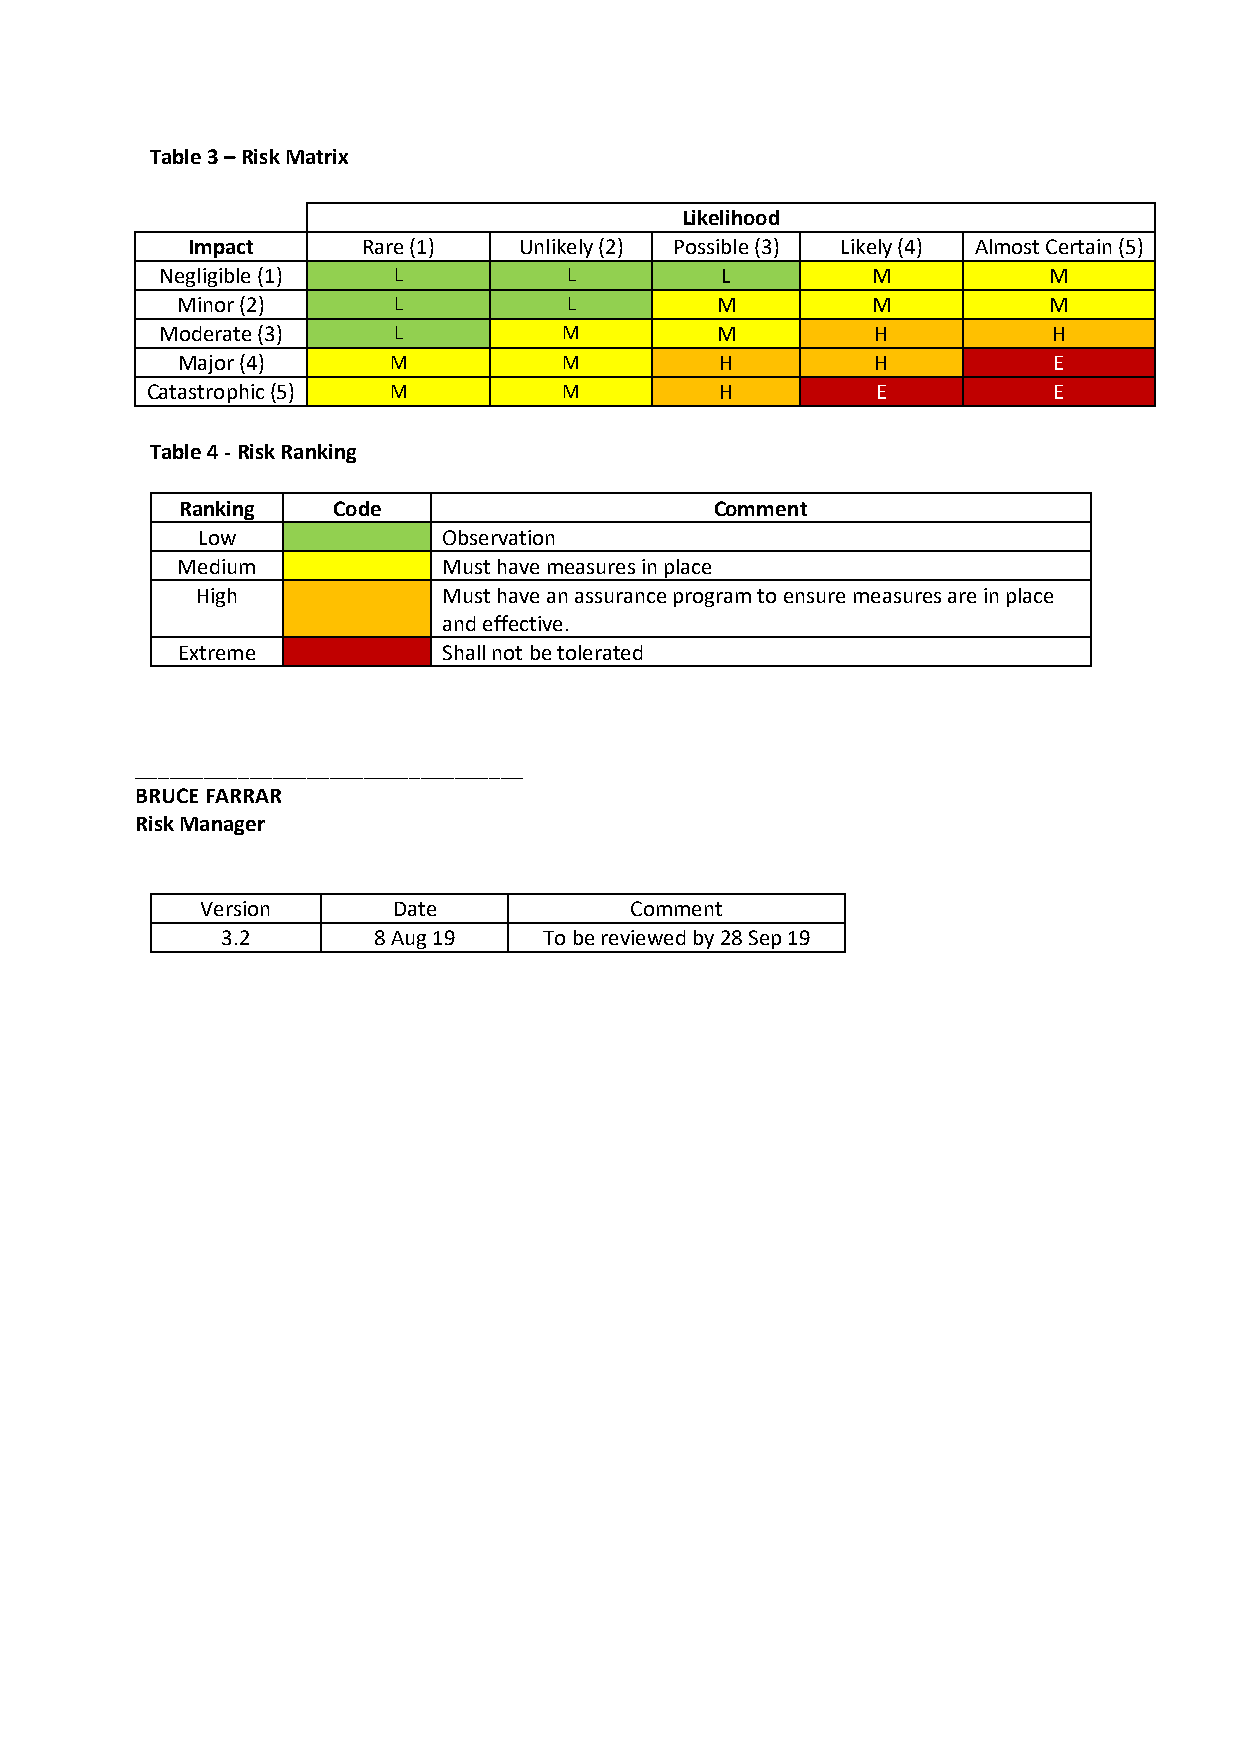
Table 3 – Risk Matrix
 Likelihood
 Impact      Rare (1)  Unlikely (2) Possible (3) Likely (4) Almost Certain (5)
 Negligible (1) L           L         L         M          M
 Minor (2)     L           L        M          M          M
 Moderate (3)   L          M         M          H           H
 Major (4)     M          M          H         H           E
 Catastrophic (5) M         M          H         E           E
 Table 4 - Risk Ranking
 Ranking   Code                     Comment
 Low             Observation
 Medium           Must have measures in place
 High            Must have an assurance program to ensure measures are in place
 and effective.
 Extreme          Shall not be tolerated
 __________________________________
 BRUCE FARRAR
 Risk Manager
 Version      Date            Comment
 3.2       8 Aug 19   To be reviewed by 28 Sep 19